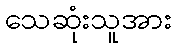
သေဆုံးသူအား